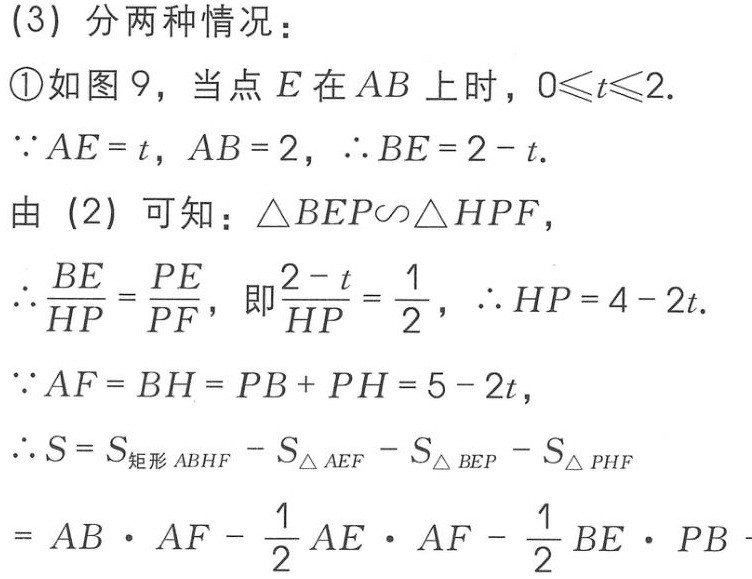
(3) 分两种情况：
\textcircled{1}如图 9，当点 \(E\) 在 \(AB\) 上时，\(0\leqslant t\leqslant2\).
\(\because AE = t\)，\(AB = 2\)，\(\therefore BE = 2 - t\).
由 (2) 可知：\(\triangle BEP\backsim\triangle HPF\)，
\(\therefore \frac{BE}{HP}=\frac{PE}{PF}\)，即\(\frac{2 - t}{HP}=\frac{1}{2}\)，\(\therefore HP = 4 - 2t\).
\(\because AF = BH = PB + PH = 5 - 2t\)，
\(\therefore S = S_{矩形ABHF}-S_{\triangle AEF}-S_{\triangle BEP}-S_{\triangle PHF}\)
\(= AB\cdot AF-\frac{1}{2}AE\cdot AF-\frac{1}{2}BE\cdot PB-\)